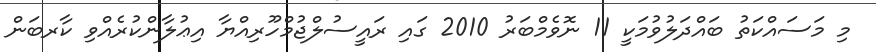
މި މަސައްކަތު ބައްދަލުވުމަކީ 11 ނޮވެމްބަރު 2010 ގައި ރައީސުލްޖުމްހޫރިއްޔާ އިޢުލާންކުރެއްވި ކާރބަން